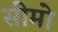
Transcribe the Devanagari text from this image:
सीमो